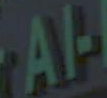
Al